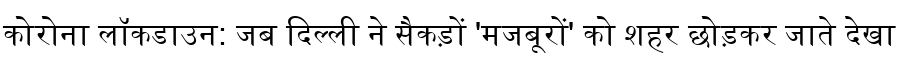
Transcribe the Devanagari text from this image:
कोरोना लॉकडाउन: जब दिल्ली ने सैकड़ों 'मजबूरों' को शहर छोड़कर जाते देखा